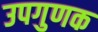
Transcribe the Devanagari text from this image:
उपगुणक